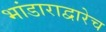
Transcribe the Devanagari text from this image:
भांडाराद्वारेच